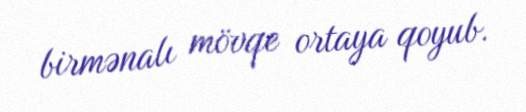
birmənalı mövqe ortaya qoyub.